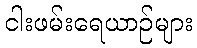
ငါးဖမ်းရေယာဉ်များ